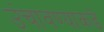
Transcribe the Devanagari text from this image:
उंचावण्याकडे